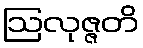
ဩလုဇ္ဇတိ